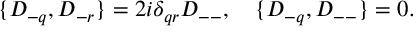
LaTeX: \{ D _ { - q } , D _ { - r } \} = { 2 i } \delta _ { q r } D _ { -- } , \quad \{ D _ { - q } , D _ { -- } \} = 0 .